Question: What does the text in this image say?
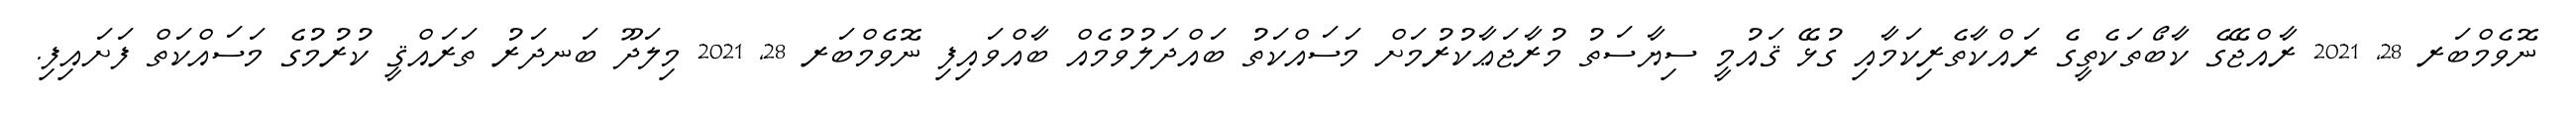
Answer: ނޮވެމްބަރ 28, 2021 ރާއްޖޭގެ ކާބޯތަކެތީގެ ރައްކާތެރިކަމާއި ގުޅޭ ޤައުމީ ސިޔާސަތު މުރާޖަޢާކުރުމަށް މަސައްކަތު ބައްދަލުވުމެއް ބާއްވައިފި ނޮވެމްބަރ 28, 2021 މިލަދޫ ބަނދަރު ތަރައްޤީ ކުރުމުގެ މަސައްކަތް ފަށައިފި.